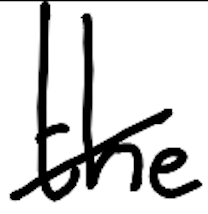
Text: the
Cross-out: diagonal
Writing tool: digital_black